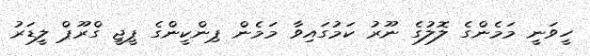
ހީވަނީ މަމެންގެ ލޮލުގެ ނޫރު ކަމުގައިވާ މަމެން ޕިންކީންގެ ޕީޖީ ގްރޫޕް ލީޑަރު